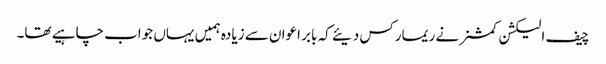
چیف الیکشن کمشنر نے ریمارکس دیئے کہ بابر اعوان سے زیادہ ہمیں یہاں جواب چاہیے تھا۔